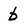
Character: b